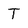
Character: T